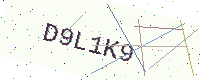
Text: D9L1K9